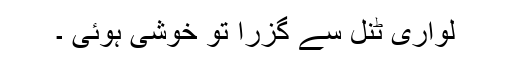
لواری ٹنل سے گزرا تو خوشی ہوئی ۔